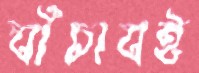
বাঁচাবই